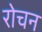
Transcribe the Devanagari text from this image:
रोचन